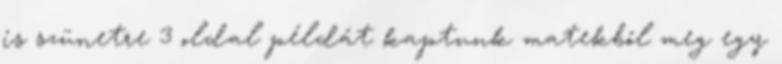
is szünetre 3 oldal példát kaptunk matekból meg egy